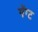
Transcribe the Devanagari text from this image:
गेंग्ट